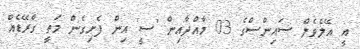
އީ އޭލެވެލް ސައިންސްގެ 03 މާއްދާއިން 'ސީ' އިން ފެށިގެން މަތީ ގްރޭޑެއް